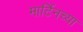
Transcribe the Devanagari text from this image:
मार्टिनच्या